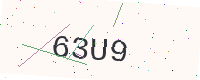
Text: 63U9